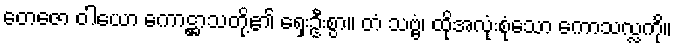
တေဇော ဝါယော ကောဋ္ဌာသတို့၏ ရှေးဦးစွာ။ တံ သဗ္ဗံ၊ ထိုအလုံးစုံသော ကောသလ္လကို။